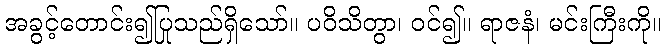
အခွင့်တောင်း၍ပြုသည်ရှိသော်။ ပဝိသိတွာ၊ ဝင်၍။ ရာဇနံ၊ မင်းကြီးကို။